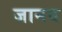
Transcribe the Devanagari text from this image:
जानव